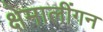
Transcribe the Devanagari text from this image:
क्षेमालींगन